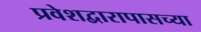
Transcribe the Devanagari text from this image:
प्रवेशद्वारापासच्या